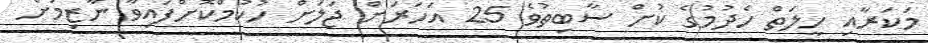
މަކަރާއި ހީލަތް ހެދުމުގެ ކުށް ސާބިތުވެ 25 އަހަރަށް ޖަލަށް ހުކުމްކޮށްފައިވާ ނާޒިމަށް